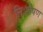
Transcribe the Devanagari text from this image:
निःशेषण